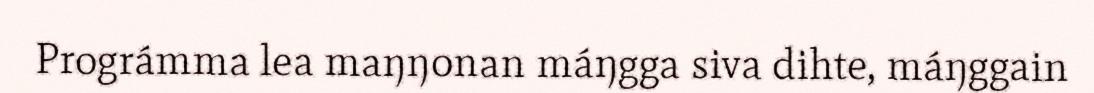
Prográmma lea maŋŋonan máŋgga siva dihte, máŋggain